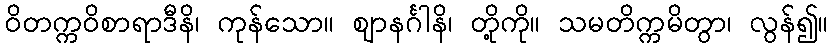
ဝိတက္ကဝိစာရာဒီနိ၊ ကုန်သော။ ဈာနင်္ဂါနိ၊ တို့ကို။ သမတိက္ကမိတွာ၊ လွန်၍။